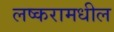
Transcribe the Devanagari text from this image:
लष्करामधील